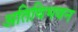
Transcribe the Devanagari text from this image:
अतिथिभवन